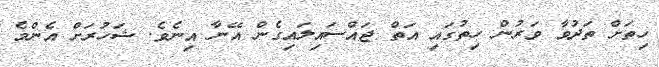
ހިތަށް ތަދުވާ ވަރުން ހިތުގައި އަތް ޖައްސައިލައިގެން އޭނާ އިނެވެ. ޝަހުރަށް އެންމެ